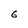
Character: 6